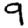
Digit: 9